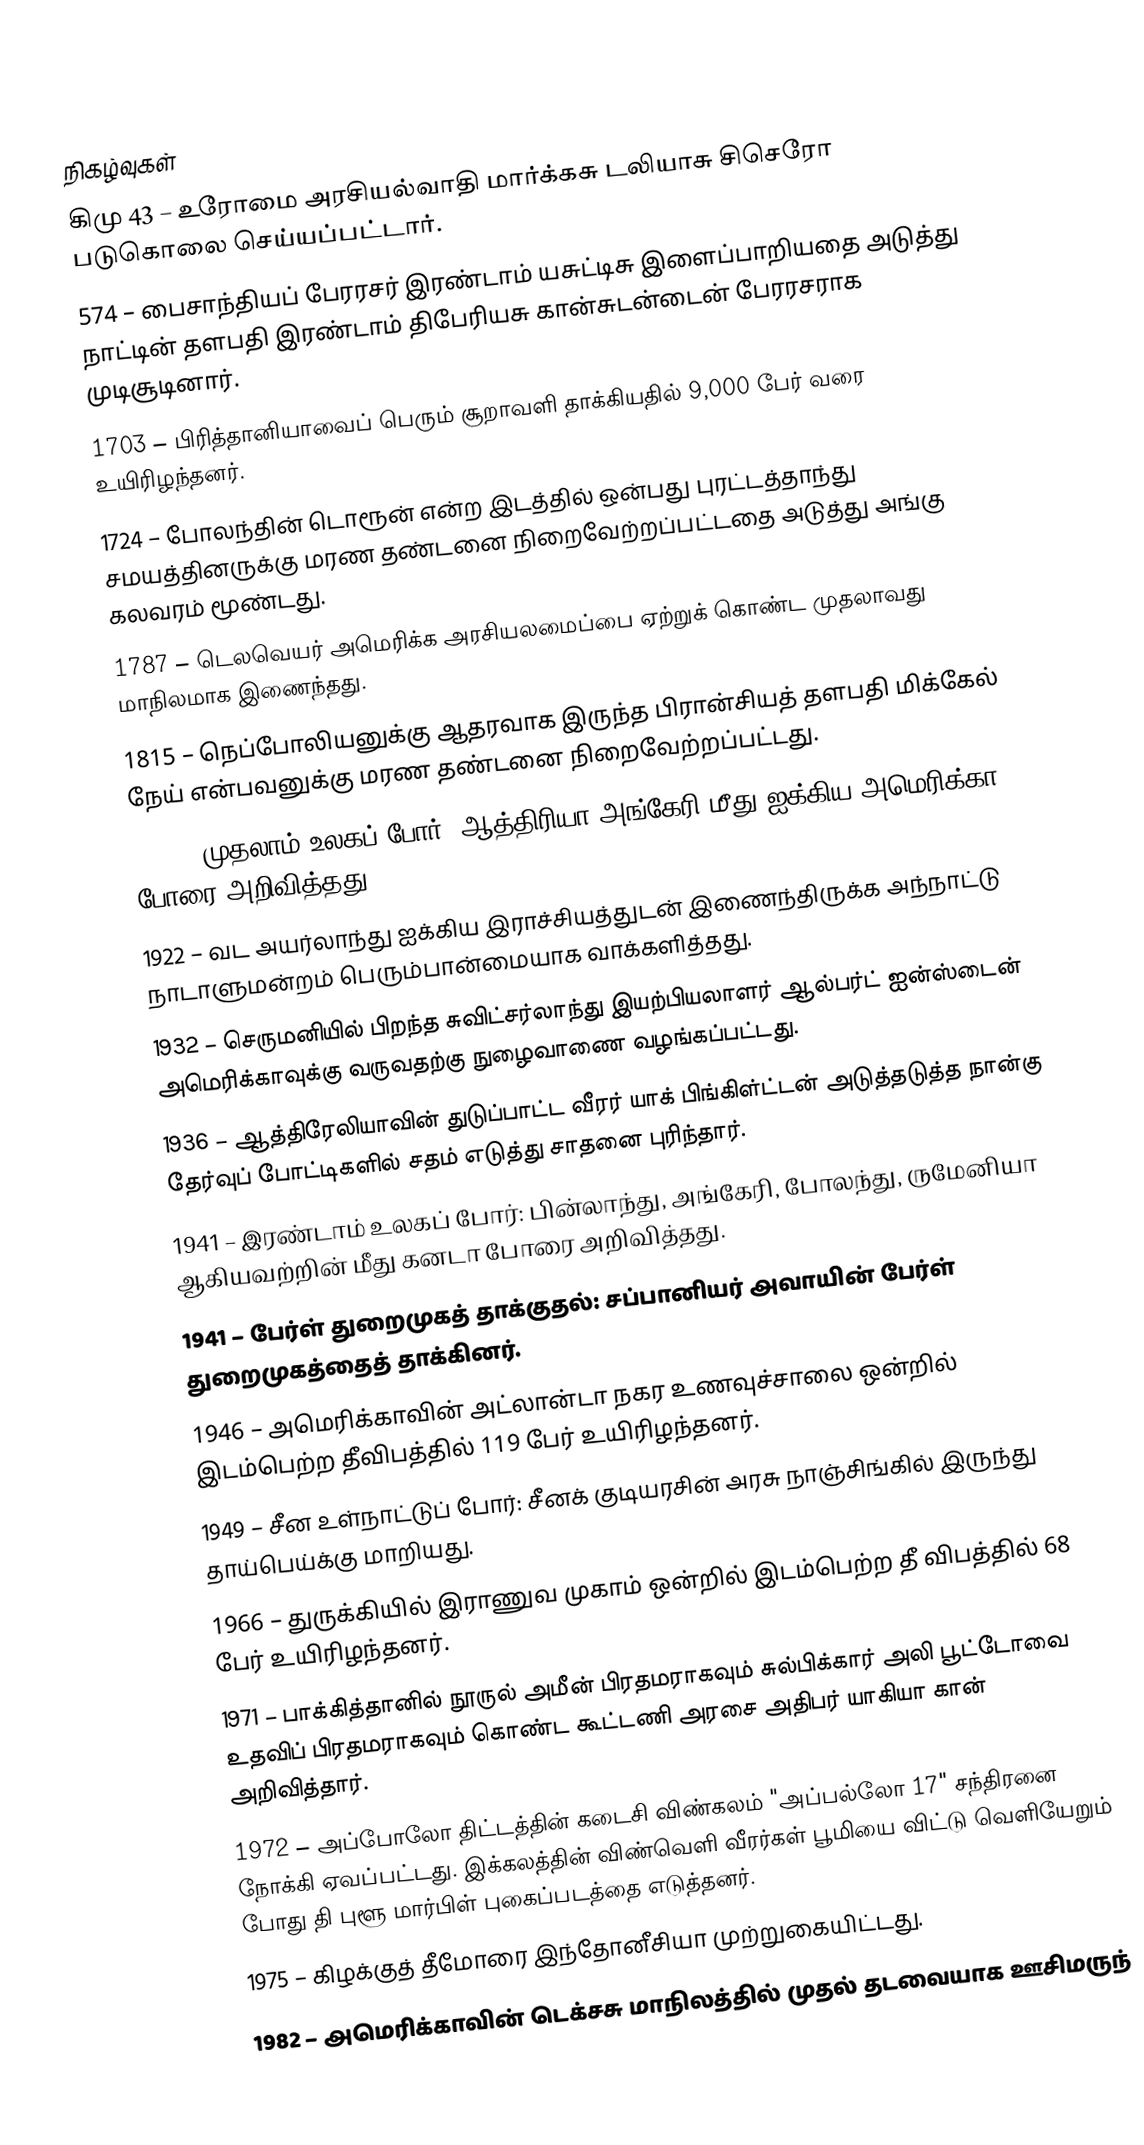

நிகழ்வுகள்
கிமு 43 – உரோமை அரசியல்வாதி மார்க்கசு டலியாசு சிசெரோ படுகொலை செய்யப்பட்டார்.
574 – பைசாந்தியப் பேரரசர் இரண்டாம் யசுட்டிசு இளைப்பாறியதை அடுத்து நாட்டின் தளபதி இரண்டாம் திபேரியசு கான்சுடன்டைன் பேரரசராக முடிசூடினார்.
1703 – பிரித்தானியாவைப் பெரும் சூறாவளி தாக்கியதில் 9,000 பேர் வரை உயிரிழந்தனர்.
1724 – போலந்தின் டொரூன் என்ற இடத்தில் ஒன்பது புரட்டத்தாந்து சமயத்தினருக்கு மரண தண்டனை நிறைவேற்றப்பட்டதை அடுத்து அங்கு கலவரம் மூண்டது.
1787 – டெலவெயர் அமெரிக்க அரசியலமைப்பை ஏற்றுக் கொண்ட முதலாவது மாநிலமாக இணைந்தது.
1815 – நெப்போலியனுக்கு ஆதரவாக இருந்த பிரான்சியத் தளபதி மிக்கேல் நேய் என்பவனுக்கு மரண தண்டனை நிறைவேற்றப்பட்டது.
1917 – முதலாம் உலகப் போர்: ஆத்திரியா-அங்கேரி மீது ஐக்கிய அமெரிக்கா போரை அறிவித்தது.
1922 – வட அயர்லாந்து ஐக்கிய இராச்சியத்துடன் இணைந்திருக்க அந்நாட்டு நாடாளுமன்றம் பெரும்பான்மையாக வாக்களித்தது.
1932 – செருமனியில் பிறந்த சுவிட்சர்லாந்து இயற்பியலாளர் ஆல்பர்ட் ஐன்ஸ்டைன் அமெரிக்காவுக்கு வருவதற்கு நுழைவாணை வழங்கப்பட்டது.
1936 – ஆத்திரேலியாவின் துடுப்பாட்ட வீரர் யாக் பிங்கிள்ட்டன் அடுத்தடுத்த நான்கு தேர்வுப் போட்டிகளில் சதம் எடுத்து சாதனை புரிந்தார்.
1941 – இரண்டாம் உலகப் போர்: பின்லாந்து, அங்கேரி, போலந்து, ருமேனியா ஆகியவற்றின் மீது கனடா போரை அறிவித்தது.
1941 – பேர்ள் துறைமுகத் தாக்குதல்: சப்பானியர் அவாயின் பேர்ள் துறைமுகத்தைத் தாக்கினர்.
1946 – அமெரிக்காவின் அட்லான்டா நகர உணவுச்சாலை ஒன்றில் இடம்பெற்ற தீவிபத்தில் 119 பேர் உயிரிழந்தனர்.
1949 – சீன உள்நாட்டுப் போர்: சீனக் குடியரசின் அரசு நாஞ்சிங்கில் இருந்து தாய்பெய்க்கு மாறியது.
1966 – துருக்கியில் இராணுவ முகாம் ஒன்றில் இடம்பெற்ற தீ விபத்தில் 68 பேர் உயிரிழந்தனர்.
1971 – பாக்கித்தானில் நூருல் அமீன் பிரதமராகவும் சுல்பிக்கார் அலி பூட்டோவை உதவிப் பிரதமராகவும் கொண்ட கூட்டணி அரசை அதிபர் யாகியா கான் அறிவித்தார்.
1972 – அப்போலோ திட்டத்தின் கடைசி விண்கலம் "அப்பல்லோ 17" சந்திரனை நோக்கி ஏவப்பட்டது. இக்கலத்தின் விண்வெளி வீரர்கள் பூமியை விட்டு வெளியேறும் போது தி புளூ மார்பிள் புகைப்படத்தை எடுத்தனர்.
1975 – கிழக்குத் தீமோரை இந்தோனீசியா முற்றுகையிட்டது.
1982 – அமெரிக்காவின் டெக்சசு மாநிலத்தில் முதல் தடவையாக ஊசிமருந்